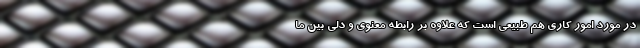
در مورد امور کاری هم طبیعی است که علاوه بر رابطه معنوی و دلی بین ما